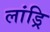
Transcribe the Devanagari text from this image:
लांड्रि